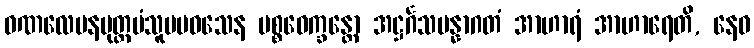
ဝဏလေပနပုတ္တမံသူပမဝသေန ပစ္စဝေက္ခန္တော အဋ္ဌင်္ဂသမန္နာဂတံ အာဟာရံ အာဟာရေတိ, နေဝ